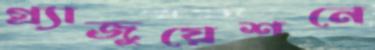
গ্র্যাজুয়েশনে